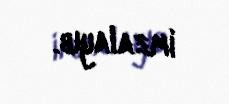
imzalayıb.